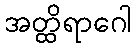
အတ္ထိရာဂေါ